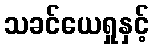
သခင်ယေရှုနှင့်